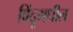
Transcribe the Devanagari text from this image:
बिंदूमधील